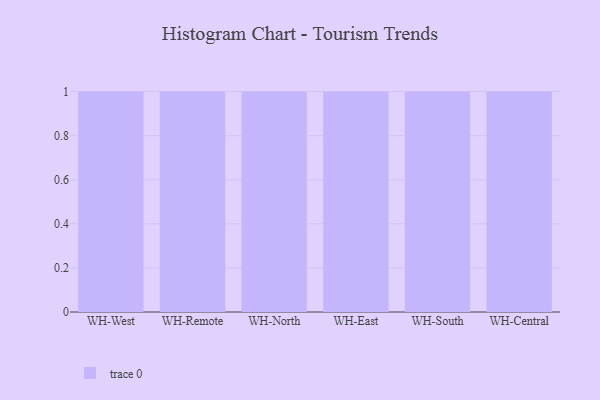
{"axis": {"x": "Warehouse", "y": "Backlog"}, "legend": [""], "data": [{"x": "WH-West", "y": 75, "type": ""}, {"x": "WH-Remote", "y": 5, "type": ""}, {"x": "WH-North", "y": 52, "type": ""}, {"x": "WH-East", "y": 79, "type": ""}, {"x": "WH-South", "y": 29, "type": ""}, {"x": "WH-Central", "y": 20, "type": ""}]}